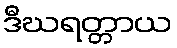
ဒီဃရတ္တာယ